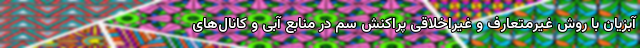
آبزیان با روش غیرمتعارف و غیراخلاقی پراکنش سم در منابع آبی و کانال‌های